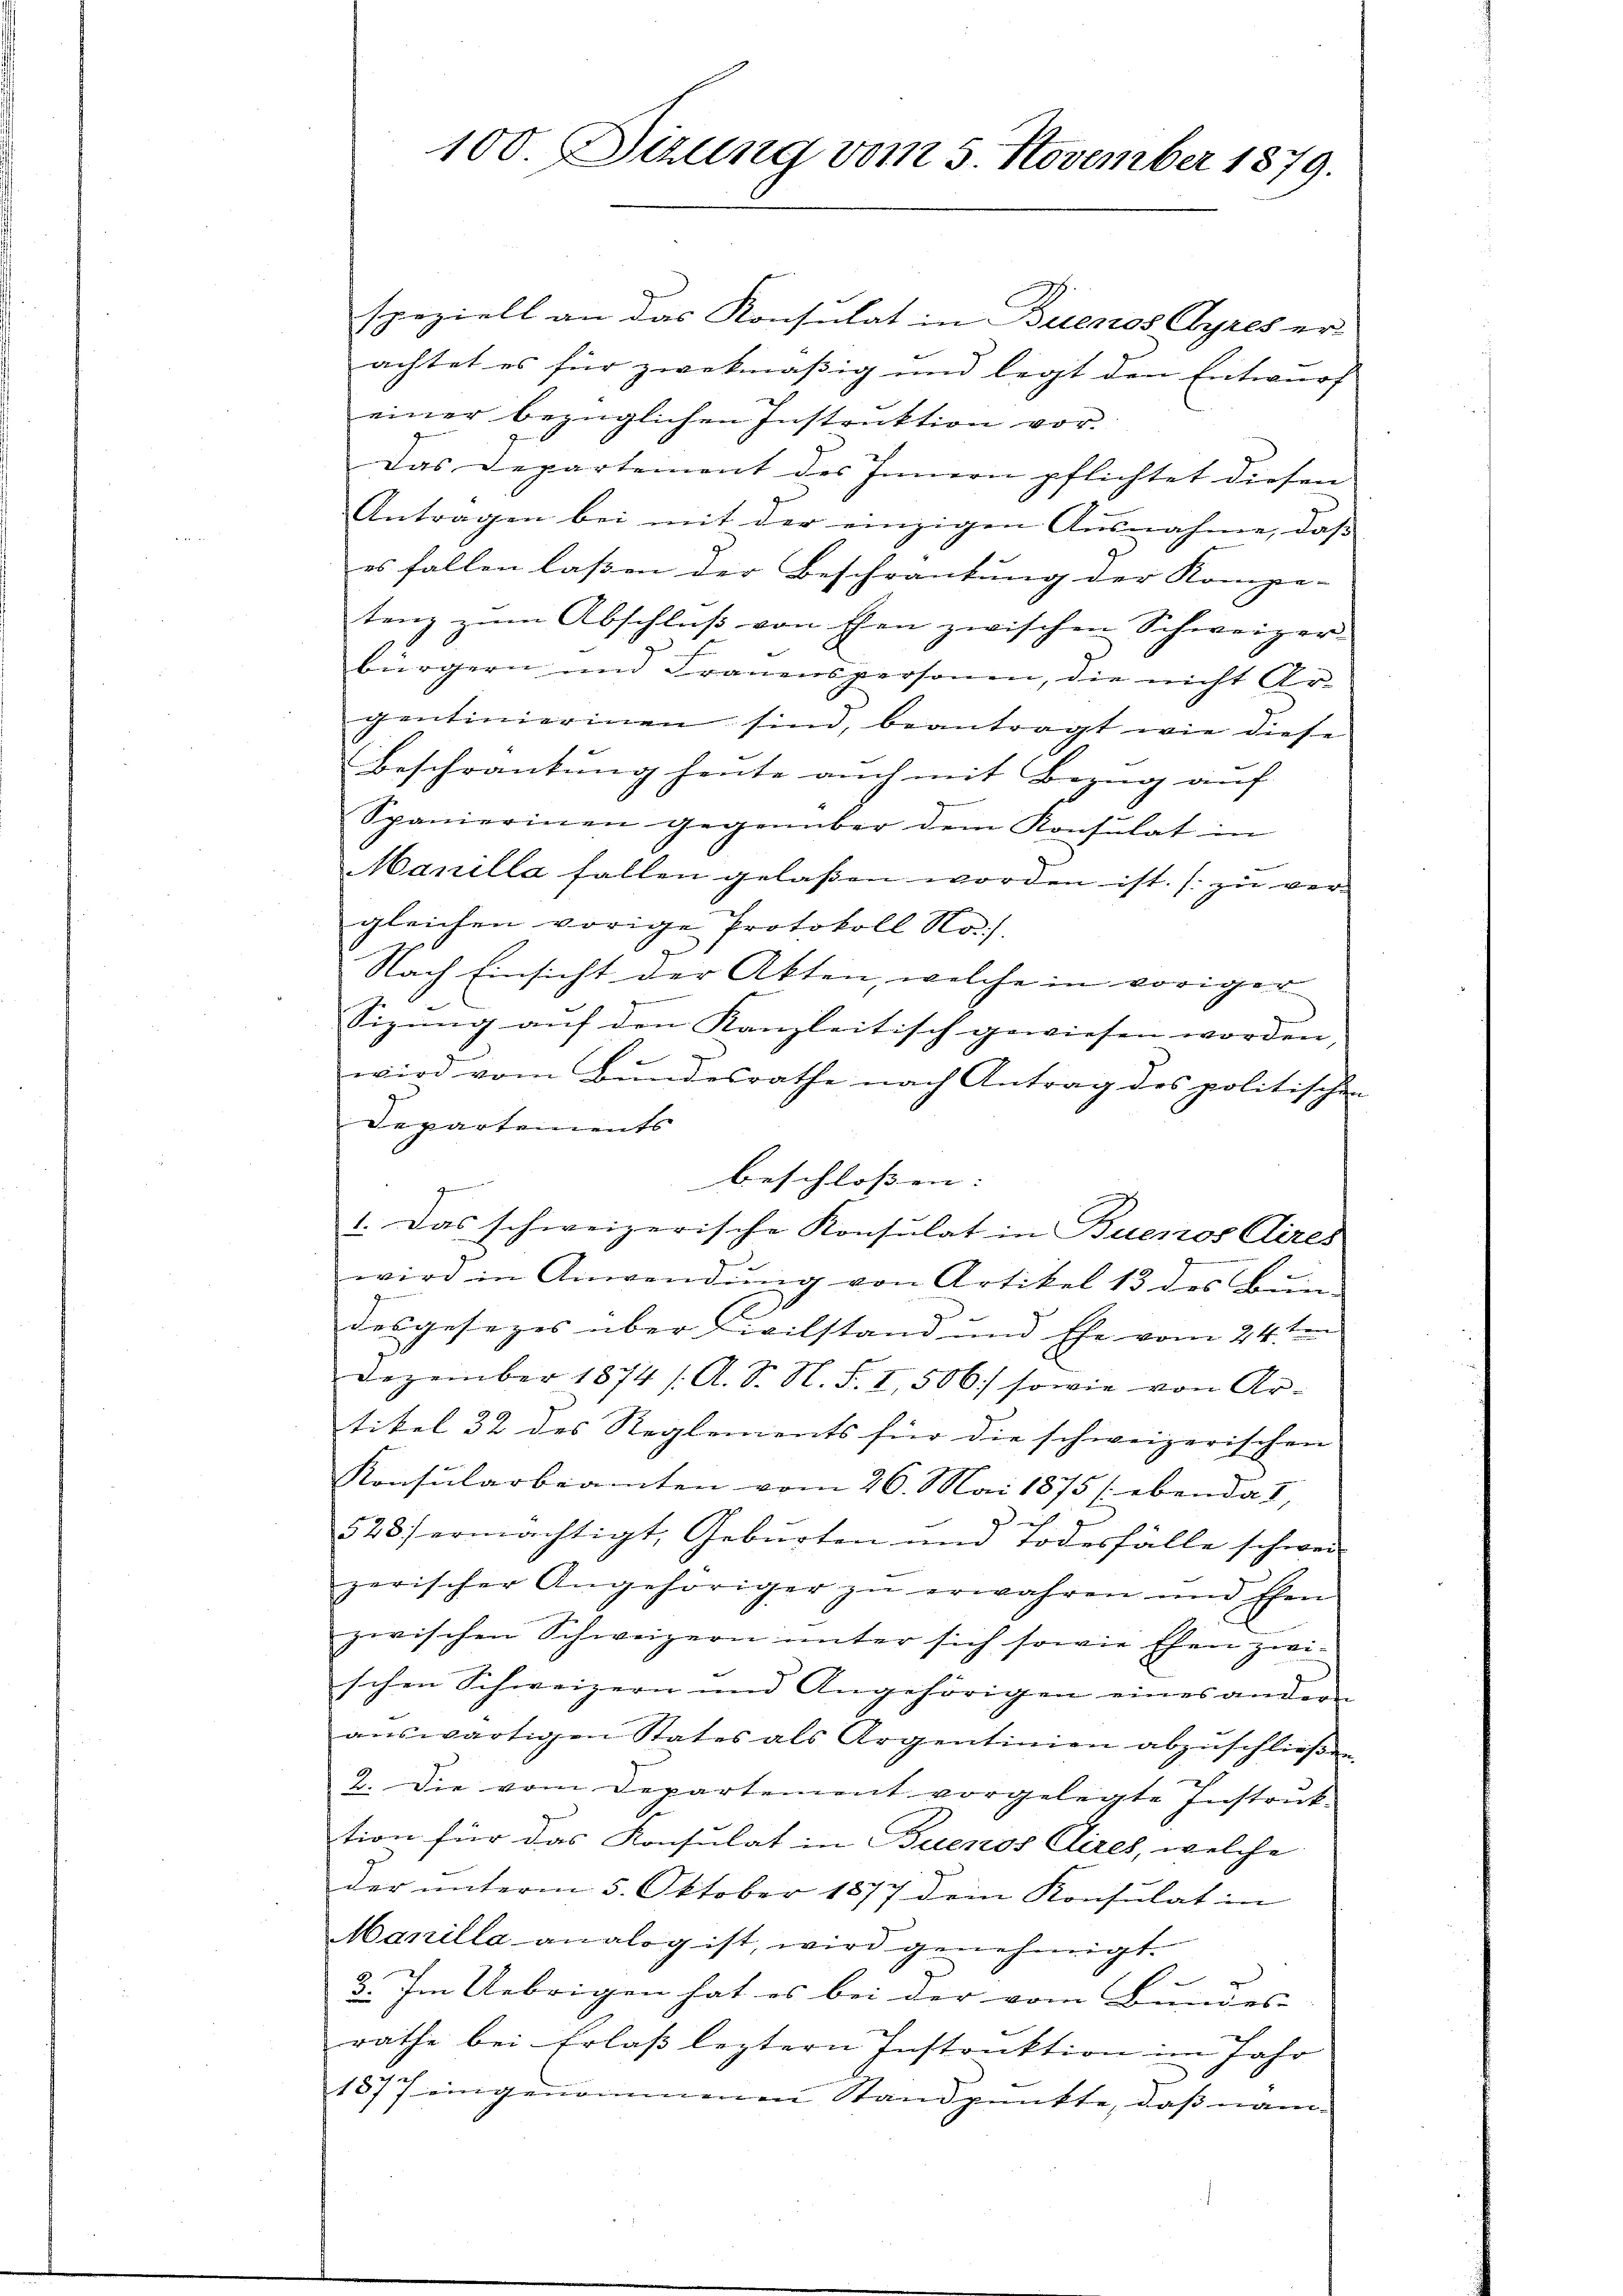
100. Sizung vom 5. November 1879.

speziell an das Konsulat in Buenos Ayres er
achtet es für zwekmäßig und legt den Entwurf
einer bezüglichen Instruktion vor.
Das Departement des Innern pflichtet diesen
Antragen bei mit der einzigen Ausnahme, daß
es fallen lassen der Beschränkung der Kompe-
tenz zŭm Abschlŭβ von Ehen zwischen Schweizer-
bürgern und Frauenspersonen, die nicht Argentimierinen sind, beantragt wie diese
Beschrankung heute auch mit Bezug auf
Spanierinen gegenüber dem Konsulat in
Manilla fallen gelaßen worden ist. (zu ver-
gleichen vorige Protokoll No
Nach Einsicht der Akten, welche in voriger
Sizung auf den Kanzleitisch gewiesen worden,
wird vom Bundesrathe nach Antrag des politischen
Departements
beschlossen:
g
1. Das schweizerische Konsulat in Buenos Aires
wird in Anwendung von Artikel 13 des Bun-
desgesezes über Civilstand und Ehe vom 24ten
Dezember 1874 /. A. S. N. F. I, 506) sowie von Ar-
tikel 32 des Reglements für die schweizerischen
Konsularbeamten vom 26. Mai 1875 (ebenda I,
f
528) ermächtigt, Geburten und Todesfälle schwei-
zerischer Angehöriger zu erwahren und Ehen
zwischen Schweizern unter sich sowie Ehen zwei-
schen Schweizern und Angehörigen eines andern
aŭswärtigen States als Argentinien abzuschlieβen.
2. Die vom Departement vorgelegte Instank-
tion für das Konsulat in Buenos Aires, welche
der unterm 5. Oktober 1877 dem Konsulat in
Manilla analog ist, wird genehmigt.
3. Im Uebrigen hat es bei der vom Bundes-
rathe bei Erlass leztern Instanktion im Jahr
1877 eingenommenen Standpunkte, daß näm¬